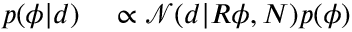
\begin{array} { r l } { p ( \phi | d ) } & { { } \propto \mathcal { N } ( d | R \phi , N ) p ( \phi ) } \end{array}